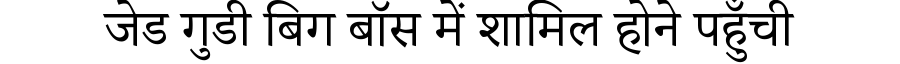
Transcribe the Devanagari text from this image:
जेड गुडी बिग बॉस में शामिल होने पहुँची